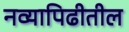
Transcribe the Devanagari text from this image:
नव्यापिढीतील